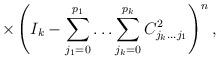
LaTeX: \begin{align*}\times \left(I_k-\sum_{j_1=0}^{p_1}\ldots\sum_{j_k=0}^{p_k}C^2_{j_k\ldots j_1}\right)^n,\end{align*}